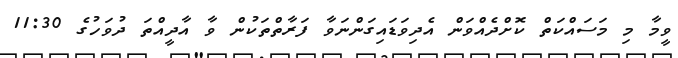
ވީމާ މި މަސައްކަތް ކޮށްދެއްވަން އެދިވަޑައިގަންނަވާ ފަރާތްތަކުން ވާ އާދީއްތަ ދުވަހުގެ 11:30